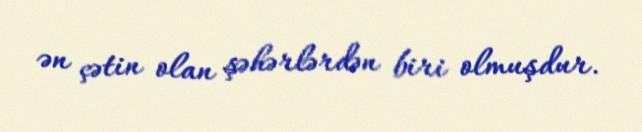
ən çətin olan şəhərlərdən biri olmuşdur.